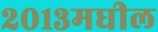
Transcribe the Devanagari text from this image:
२०१३मधील